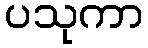
ပသုကာ